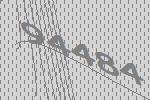
94484